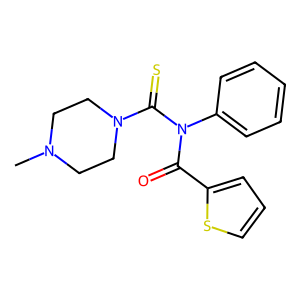
SMILES: CN1CCN(C(=S)N(C(=O)c2cccs2)c2ccccc2)CC1
Inhibits HIV replication: No